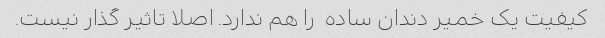
کیفیت یک خمیر دندان ساده  را هم ندارد. اصلا تاثیر گذار نیست.